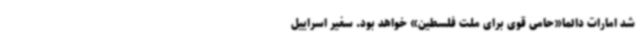
شد امارات دائما«حامی قوی برای ملت فلسطین» خواهد بود. سفیر اسراییل